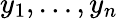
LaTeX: y_{1},\dots,y_{n}